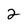
Character: 2